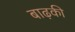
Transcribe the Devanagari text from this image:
बाढ़की